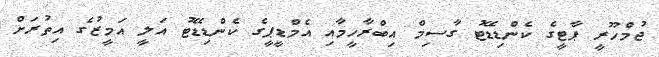
ޖުމްހޫރީ ޕާޓީގެ ކެންޑިޑޭޓު ގާސިމް އިބްރާހީމާއި އެމްޑީޕީގެ ކެންޑިޑޭޓު އަލީ އަމީޒުގެ އިތުރަށް